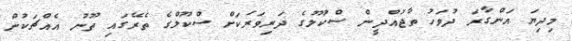
މިދިޔަ އަންގާރަ ދުވަހު ތާޖުއްދީން ސްކޫލުގެ ދަރިވަރަކަށް ސްކޫލްގެ ތެރޭގައި ތޫނު އެއްޗަކުން